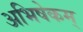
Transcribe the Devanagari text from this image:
अभिषेकम्